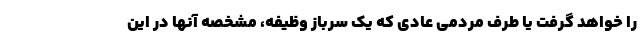
را خواهد گرفت یا طرف مردمی عادی که یک سرباز وظیفه، مشخصه آنها در این